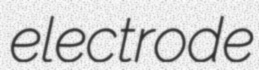
electrode